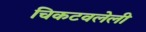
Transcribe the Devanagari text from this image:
चिकटवलेली